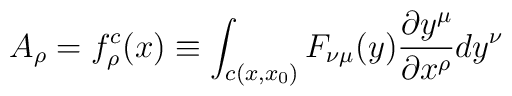
A_{\rho} = f_{\rho}^{c}(x) \equiv \int_{c(x,x_{0})} F_{\nu\mu}(y)\frac{\partial y^{\mu}}{\partial x^{\rho}} dy^{\nu}